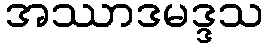
အဿာဒမဒ္ဒသ